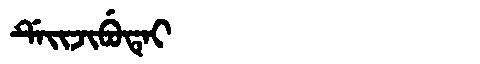
Manchu: ᡩᡝᡳᠵᡳᠪᡠᡨᡝᡳ
Romanization: DEIJIBUTEI